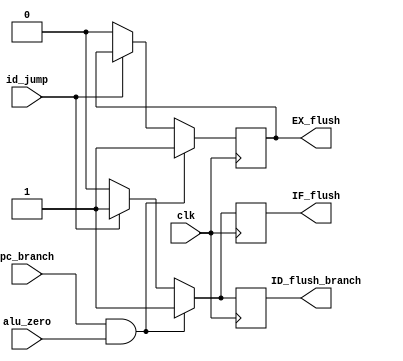
//CONTROL HAZARD FOR BRANCH AND JUMP//
module Branch_Jump_Hazard_Unit(
  input clk,
    input pc_branch,alu_zero,id_jump, 
    output reg IF_flush,ID_flush_branch,EX_flush
);

  always @(posedge clk)
    begin
      if(pc_branch==1'b1 && alu_zero==1'b1)
        begin 
            IF_flush = 1;      
            ID_flush_branch =1; 
            EX_flush =1;                                   //for ALU
        end
      else if(id_jump==1'b1)
        begin
            IF_flush = 1;      
            ID_flush_branch =1; 
           // EX_flush = 0;
        end
        else 
        begin 
            IF_flush = 0; 
            ID_flush_branch = 0; 
            EX_flush = 0; 
        end
    end
endmodule